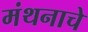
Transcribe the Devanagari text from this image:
मंथनाचे